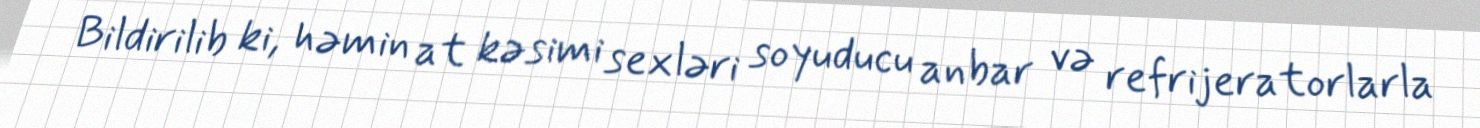
Bildirilib ki, həmin at kəsimi sexləri soyuducu anbar və refrijeratorlarla